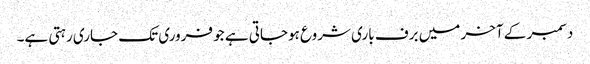
دسمبر کے آخر میں برف باری شروع ہوجاتی ہے جو فروری تک جاری رہتی ہے۔